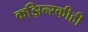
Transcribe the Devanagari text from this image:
कझिन्स्कीही